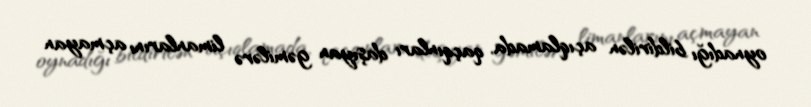
oynadığı bildirilən açıqlamada, qaçqınları daşıyan gəmilərə limanlarını açmayan